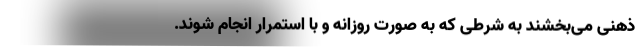
ذهنی می‌بخشند به شرطی که به صورت روزانه و با استمرار انجام شوند.